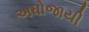
અધોજાયી